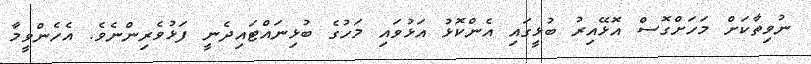
ނުވިތާކަށް މަހަށްގޮސް އޮޅޭއިރު ބުޅީގައި އެންކޮޅު އަޅުވައި މަހުގެ ބުޅިނައްޓައިދެނީ ފަޅުވެރިންނެވެ. އެހެންވީމާ